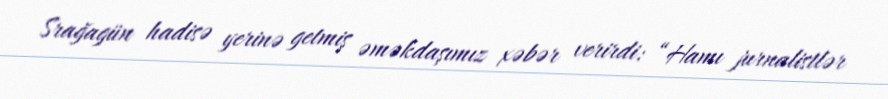
Srağagün hadisə yerinə getmiş əməkdaşımız xəbər verirdi: “Hamı jurnalistlər